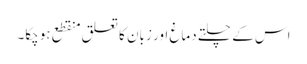
اس کے چلتے دماغ اور زبان کا تعلق منقطع ہوچکا۔